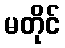
မတိုင်